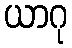
ယာဂု